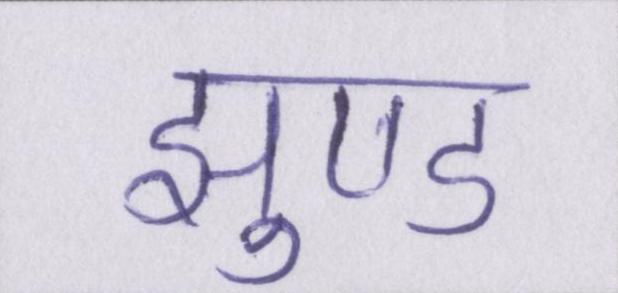
झुण्ड